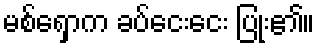
မစ်ရှောက ခပ်ငေးငေး ပြုံး၏။